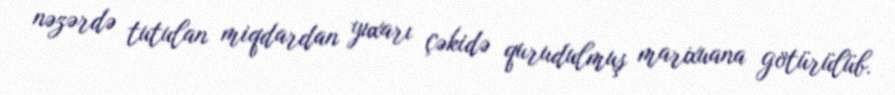
nəzərdə tutulan miqdardan yuxarı çəkidə qurudulmuş marixuana götürülüb.